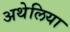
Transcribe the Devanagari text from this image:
अथेलिया